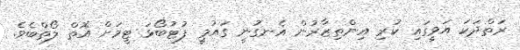
ރަތްދަކަ އަވީގައި ކުރި އިންތިޒާރުން އެނގުނީ ގައުމީ ފުޓުބޯޅަ ޓީމަށް އޮތް ލޯތްބެވެ.